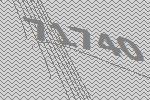
71740